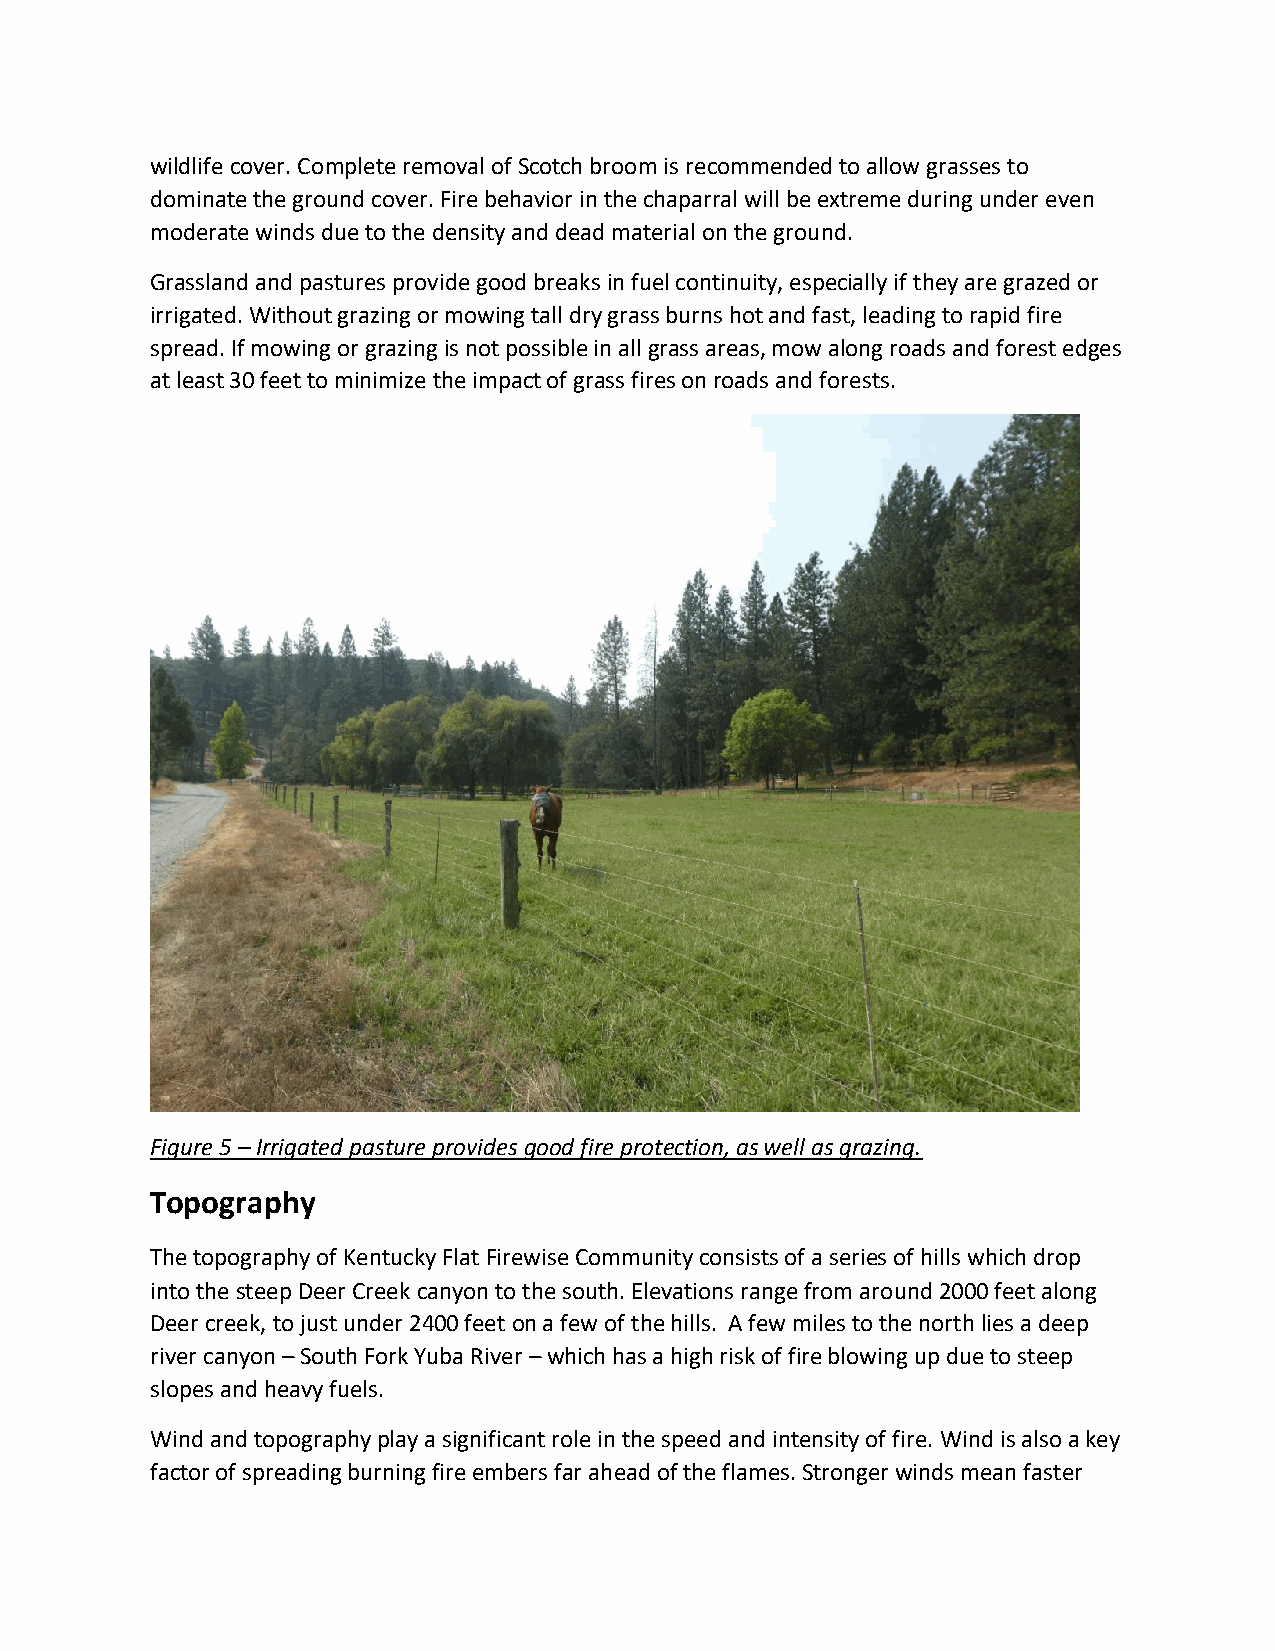
wildlife cover. Complete removal of Scotch broom is recommended to allow grasses to
 dominate the ground cover. Fire behavior in the chaparral will be extreme during under even
 moderate winds due to the density and dead material on the ground.
 Grassland and pastures provide good breaks in fuel continuity, especially if they are grazed or
 irrigated. Without grazing or mowing tall dry grass burns hot and fast, leading to rapid fire
 spread. If mowing or grazing is not possible in all grass areas, mow along roads and forest edges
 at least 30 feet to minimize the impact of grass fires on roads and forests.
 Figure 5 – Irrigated pasture provides good fire protection, as well as grazing.
 Topography
 The topography of Kentucky Flat Firewise Community consists of a series of hills which drop
 into the steep Deer Creek canyon to the south. Elevations range from around 2000 feet along
 Deer creek, to just under 2400 feet on a few of the hills. A few miles to the north lies a deep
 river canyon – South Fork Yuba River – which has a high risk of fire blowing up due to steep
 slopes and heavy fuels.
 Wind and topography play a significant role in the speed and intensity of fire. Wind is also a key
 factor of spreading burning fire embers far ahead of the flames. Stronger winds mean faster